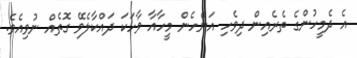
އެ ދެމީހުންގެ ތެރެއިން ދިވެހި އަންހެން މީހާއާ ވާހަކަ ދައްކާލެވޭ ގޮތެއް ނުވިއެވެ.